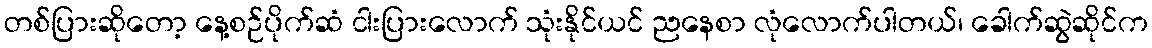
တစ်ပြားဆိုတော့ နေ့စဉ်ပိုက်ဆံ ငါးပြားလောက် သုံးနိုင်ယင် ညနေစာ လုံလောက်ပါတယ်၊ ခေါက်ဆွဲဆိုင်က